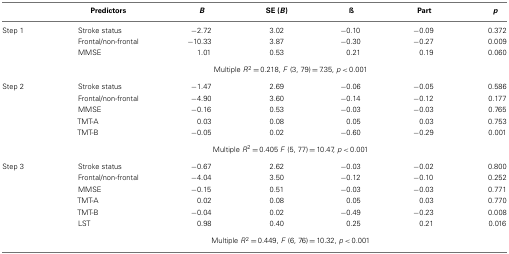
|  | Predictors | B | SE (B) | ß | Part | p |
 | --- | --- | --- | --- | --- | --- | --- |
 | Step 1 | Stroke status | −2.72 | 3.02 | −0.10 | −0.09 | 0.372 |
 |  | Frontal/non-frontal | −10.33 | 3.87 | −0.30 | −0.27 | 0.009 |
 |  | MMSE | 1.01 | 0.53 | 0.21 | 0.19 | 0.060 |
 |  | <COLSPAN=6> Multiple R2 = 0.218, F (3, 79) = 7.35, p < 0.001 |
 | Step 2 | Stroke status | −1.47 | 2.69 | −0.06 | −0.05 | 0.586 |
 |  | Frontal/non-frontal | −4.90 | 3.60 | −0.14 | −0.12 | 0.177 |
 |  | MMSE | −0.16 | 0.53 | −0.03 | −0.03 | 0.765 |
 |  | TMT-A | 0.03 | 0.08 | 0.05 | 0.03 | 0.753 |
 |  | TMT-B | −0.05 | 0.02 | −0.60 | −0.29 | 0.001 |
 |  | <COLSPAN=6> Multiple R2 = 0.405 F (5, 77) = 10.47, p < 0.001 |
 | Step 3 | Stroke status | −0.67 | 2.62 | −0.03 | −0.02 | 0.800 |
 |  | Frontal/non-frontal | −4.04 | 3.50 | −0.12 | −0.10 | 0.252 |
 |  | MMSE | −0.15 | 0.51 | −0.03 | −0.03 | 0.771 |
 |  | TMT-A | 0.02 | 0.08 | 0.05 | 0.03 | 0.770 |
 |  | TMT-B | −0.04 | 0.02 | −0.49 | −0.23 | 0.008 |
 |  | LST | 0.98 | 0.40 | 0.25 | 0.21 | 0.016 |
 |  | <COLSPAN=6> Multiple R2 = 0.449, F (6, 76) = 10.32, p < 0.001 |